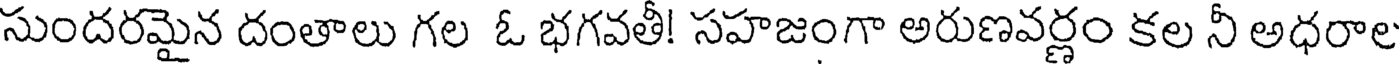
సుందరమైన దంతాలు గల ఓ భగవతీ! సహజంగా అరుణవర్ణం కల నీ అధరాల